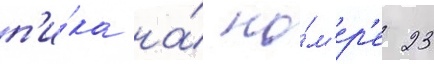
п'и́ка на́ но́м'ер'е 23